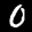
Label: 0